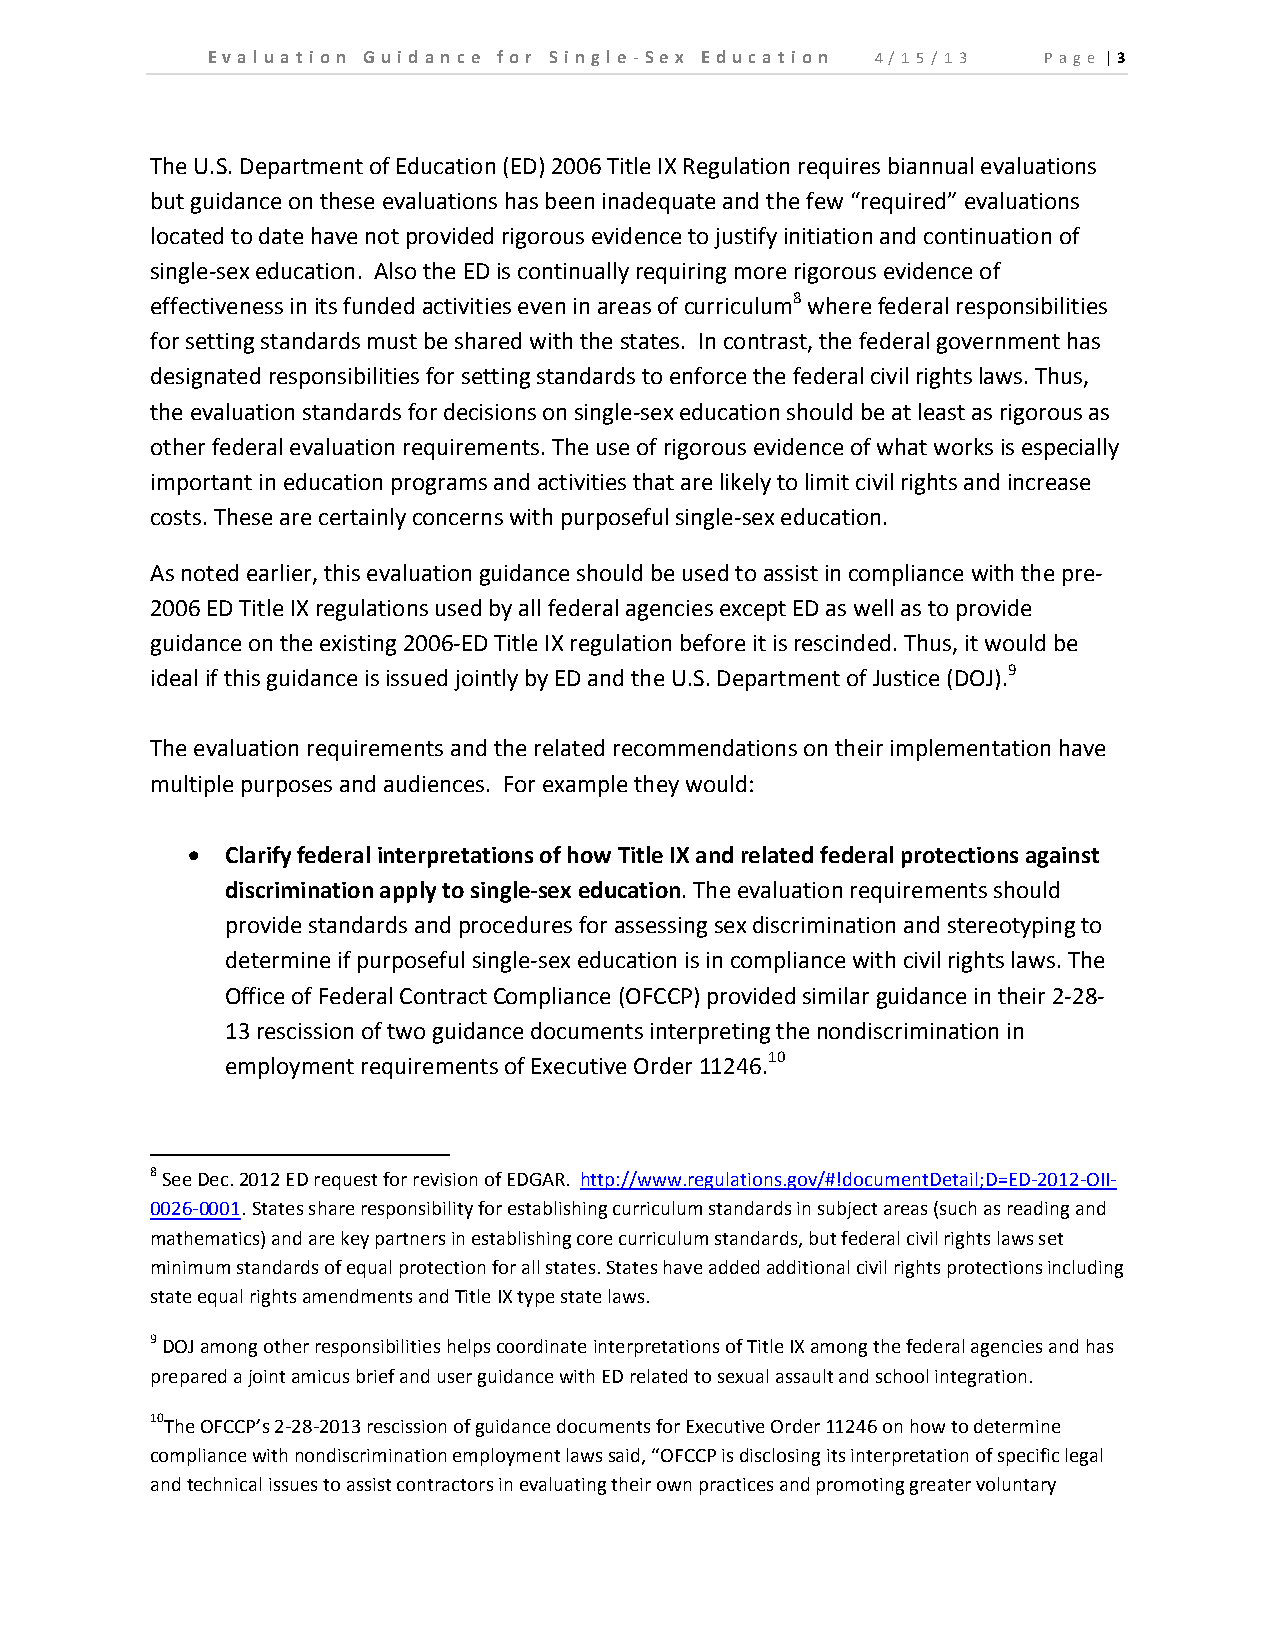
E v a l u a t i o n Gu id an c e fo r Si n gl e ‐ Se x E d u c a t io n 4/1 5/ 13 P a g e | 3
 The U.S. Department of Education (ED) 2006 Title IX Regulation requires biannual evaluations
 but guidance on these evaluations has been inadequate and the few “required” evaluations
 located to date have not provided rigorous evidence to justify initiation and continuation of
 single‐sex education. Also the ED is continually requiring more rigorous evidence of
 effectiveness in its funded activities even in areas of curriculum8 where federal responsibilities
 for setting standards must be shared with the states. In contrast, the federal government has
 designated responsibilities for setting standards to enforce the federal civil rights laws. Thus,
 the evaluation standards for decisions on single‐sex education should be at least as rigorous as
 other federal evaluation requirements. The use of rigorous evidence of what works is especially
 important in education programs and activities that are likely to limit civil rights and increase
 costs. These are certainly concerns with purposeful single‐sex education.
 As noted earlier, this evaluation guidance should be used to assist in compliance with the pre‐
 2006 ED Title IX regulations used by all federal agencies except ED as well as to provide
 guidance on the existing 2006‐ED Title IX regulation before it is rescinded. Thus, it would be
 ideal if this guidance is issued jointly by ED and the U.S. Department of Justice (DOJ).9
 The evaluation requirements and the related recommendations on their implementation have
 multiple purposes and audiences. For example they would:
   Clarify federal interpretations of how Title IX and related federal protections against
 discrimination apply to single‐sex education. The evaluation requirements should
 provide standards and procedures for assessing sex discrimination and stereotyping to
 determine if purposeful single‐sex education is in compliance with civil rights laws. The
 Office of Federal Contract Compliance (OFCCP) provided similar guidance in their 2‐28‐
 13 rescission of two guidance documents interpreting the nondiscrimination in
 employment requirements of Executive Order 11246.10
 8 See Dec. 2012 ED request for revision of EDGAR. http://www.regulations.gov/#!documentDetail;D=ED‐2012‐OII‐
 0026‐0001. States share responsibility for establishing curriculum standards in subject areas (such as reading and
 mathematics) and are key partners in establishing core curriculum standards, but federal civil rights laws set
 minimum standards of equal protection for all states. States have added additional civil rights protections including
 state equal rights amendments and Title IX type state laws.
 9 DOJ among other responsibilities helps coordinate interpretations of Title IX among the federal agencies and has
 prepared a joint amicus brief and user guidance with ED related to sexual assault and school integration.
 10The OFCCP’s 2‐28‐2013 rescission of guidance documents for Executive Order 11246 on how to determine
 compliance with nondiscrimination employment laws said, “OFCCP is disclosing its interpretation of specific legal
 and technical issues to assist contractors in evaluating their own practices and promoting greater voluntary